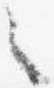
々